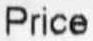
PRICE